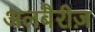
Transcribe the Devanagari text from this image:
अलबैरीज़